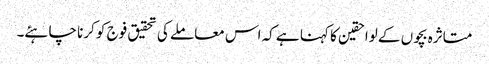
متاثرہ بچوں کے لواحقین کا کہنا ہے کہ اس معاملے کی تحقیق فوج کو کرنا چاہئے۔